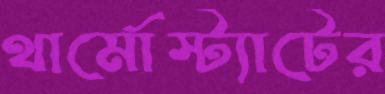
থার্মোস্ট্যাটের